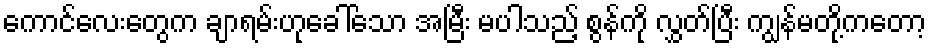
ကောင်လေးတွေက ချာရမ်းဟုခေါ်သော အမြီး မပါသည့် စွန်ကို လွှတ်ပြီး ကျွန်မတို့ကတော့